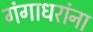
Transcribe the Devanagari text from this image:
गंगाधरांना